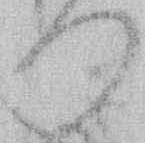
つ